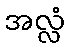
အလ္လံ